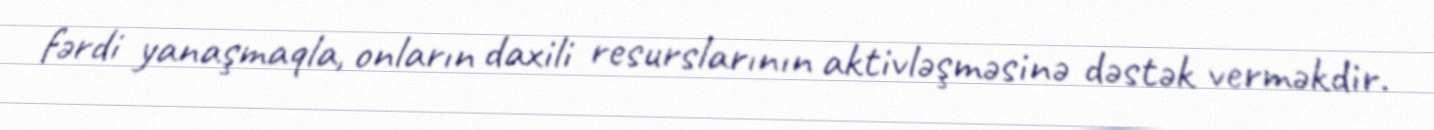
fərdi yanaşmaqla, onların daxili resurslarının aktivləşməsinə dəstək verməkdir.